Lunatic asylums Punjab 1895-1910 - 1895-1910
Year: 1895
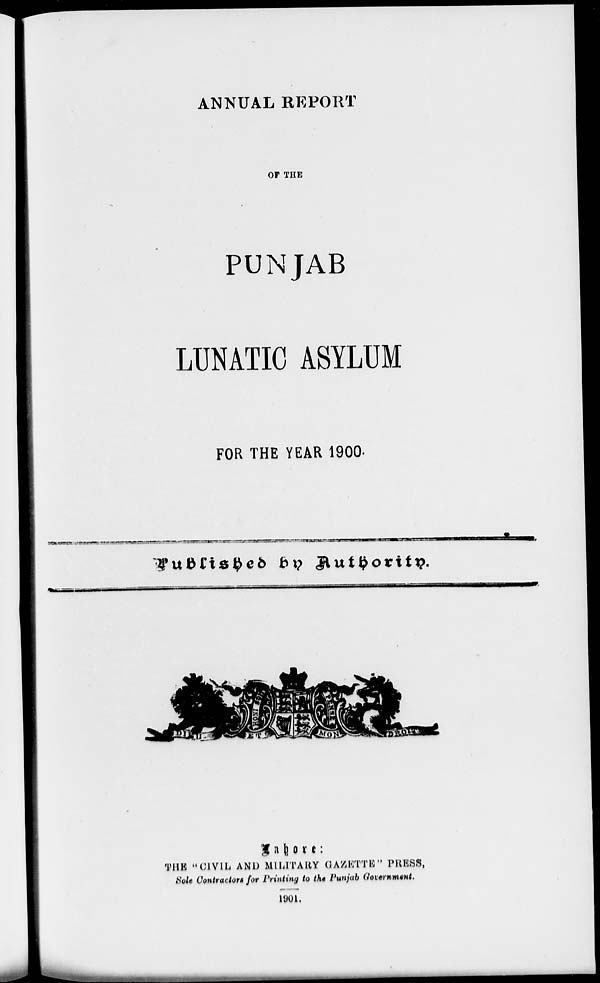
ANNUAL REPORT
OF THE
PUNJAB
LUNATIC ASYLUM
FOR THE YEAR 1900.
Published by Authority.
Lahore:
THE "CIVIL AND MILITARY GAZETTE" PRESS,
Sole Contractors for Printing to the Punjab Government.
1901.